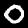
Label: 0